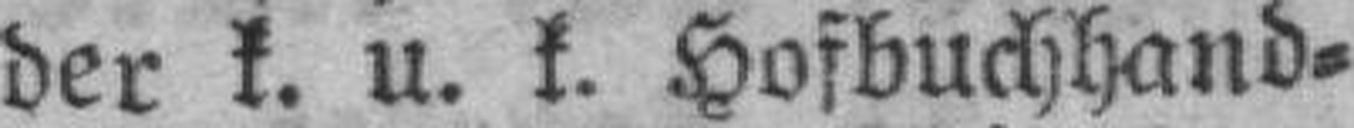
der k. u. k. Hofbuchhand¬